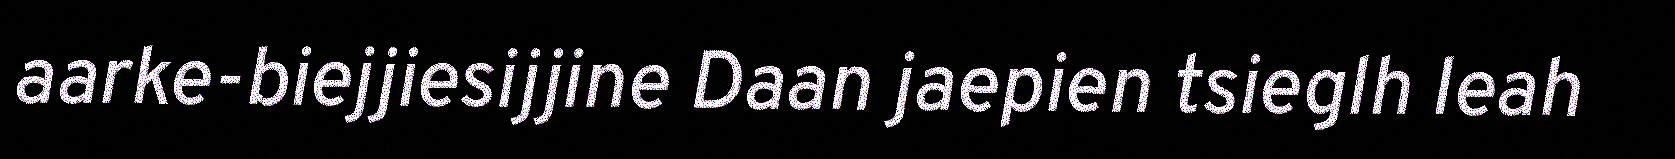
aarke-biejjiesijjine Daan jaepien tsieglh leah